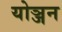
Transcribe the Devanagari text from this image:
योञ्जन